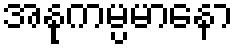
အနုကမ္ပမာနော